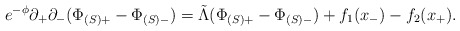
\begin{align*}e^{-\phi}\partial_+\partial_-(\Phi_{(S)+}-\Phi_{(S)-}) = \tilde{\Lambda}(\Phi_{(S)+}-\Phi_{(S)-}) + f_1(x_-)-f_2(x_+).\end{align*}